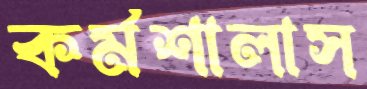
কর্মশালাস